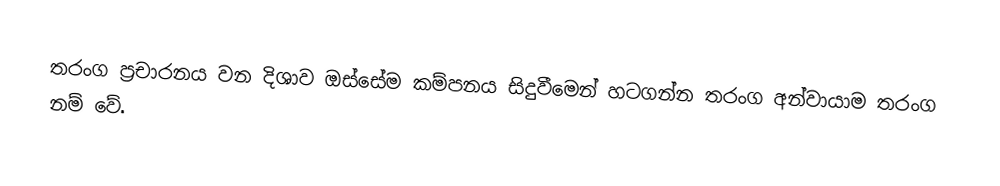
තරංග ප්‍රචාරනය වන දිශාව ඔස්සේම කම්පනය සිදුවීමෙන් හටගන්න තරංග අන්වායාම තරංග නම් වේ.